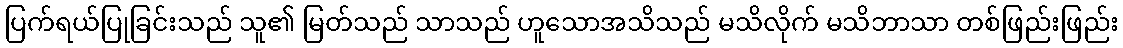
ပြက်ရယ်ပြုခြင်းသည် သူ၏ မြတ်သည် သာသည် ဟူသောအသိသည် မသိလိုက် မသိဘာသာ တစ်ဖြည်းဖြည်း